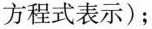
方程式表示)；